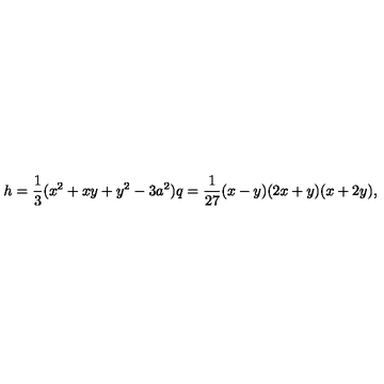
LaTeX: h = \frac { 1 } { 3 } ( x ^ { 2 } + x y + y ^ { 2 } - 3 a ^ { 2 } ) q = \frac { 1 } { 2 7 } ( x - y ) ( 2 x + y ) ( x + 2 y ) ,